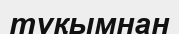
тұқымнан